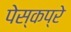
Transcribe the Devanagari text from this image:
पेस्कप्रे